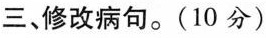
三、修改病句。(10分)